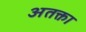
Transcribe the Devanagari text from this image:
अतक्ता